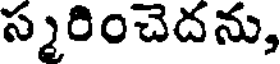
స్మరించెదను,